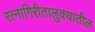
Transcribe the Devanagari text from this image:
रत्‍नागिरीतालुक्यातील